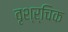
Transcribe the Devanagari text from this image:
वृश्र्चिक